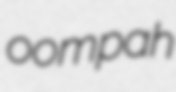
oompah